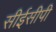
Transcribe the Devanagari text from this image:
सीईसीपी